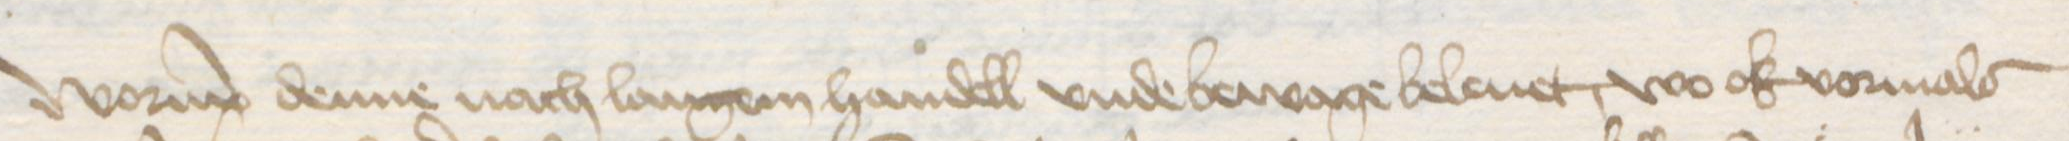
Worup denne nach langem handell vnde bewage beleuet, wo ok vormals